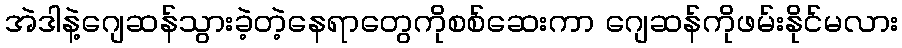
အဲဒါနဲ့ဂျေဆန်သွားခဲ့တဲ့နေရာတွေကိုစစ်ဆေးကာ ဂျေဆန်ကိုဖမ်းနိုင်မလား